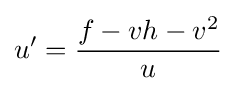
u'={\frac {f-vh-v^{2}}{u}}